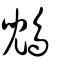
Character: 鶂